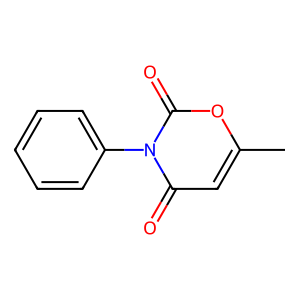
SMILES: Cc1cc(=O)n(-c2ccccc2)c(=O)o1
Inhibits HIV replication: No